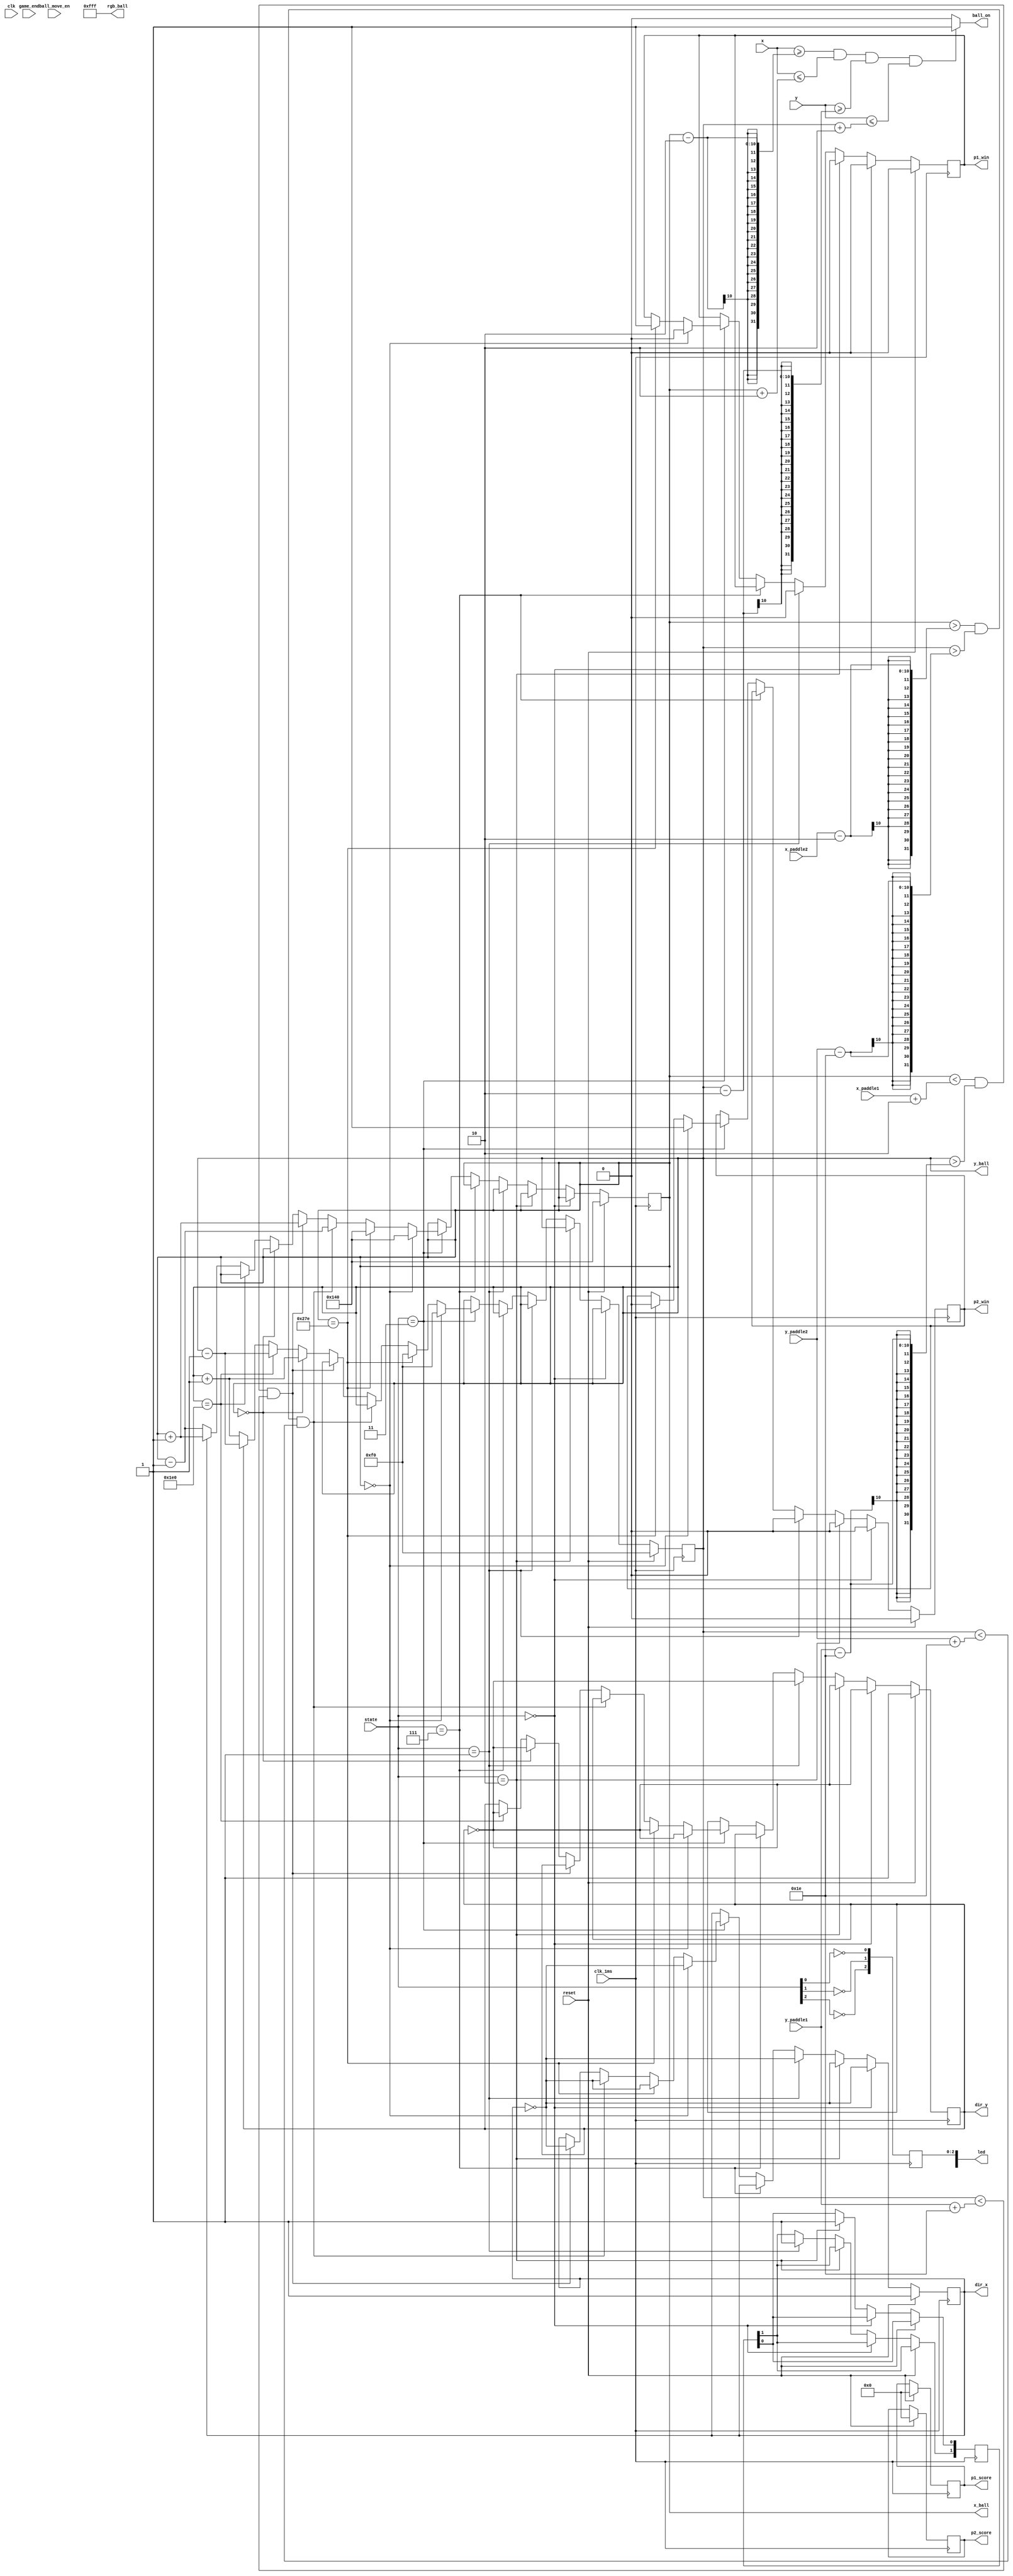
`timescale 1ns / 1ps
    
module ball(
    input reset, input clk_1ms, input clk,
    input [9:0]x_paddle1, input [9:0]y_paddle1,
    input [9:0]x_paddle2, input [9:0]y_paddle2,
    input [9:0] x, y,
    input ball_move_en,
    input [2:0] state,
    input game_end,
    output ball_on,
    output [11:0] rgb_ball,
    output reg [3:0] p1_score, p2_score, 
    output reg [10:0] led,
    output reg  p1_win, p2_win,
    output reg dir_x, dir_y,
    output reg [9:0]x_ball, output reg [9:0]y_ball
    );
    localparam ball_width = 4; //horizontal
	localparam ball_height = 4;//vertica
	
	localparam H_ACTIVE = 640;
	localparam V_ACTIVE = 480;
	
	localparam paddlewidth = 60;
	localparam paddleheight = 60;
	
	localparam L_position = 16;
	localparam R_position = 16;
    //move bal
    always @(posedge clk_1ms) 
    begin
        led[0] <= ~state[0];
        led[1] <= ~state[1];
        led[2] <= ~state[2];
       
        if( reset)
            begin
                p1_score <= 0;
                p2_score <= 0;
                x_ball <= 10'b0101000000;
                y_ball <= 10'b0011110000;
                dir_x <= 1'b1;
                dir_y <= 1'b1;
                p1_win <= 0;
                p2_win <= 0;
            end
        else
        begin
            if(state == 3'b000)
            begin
                x_ball <= 10'b0101000000;
                y_ball <= 10'b0011110000;
                dir_x <= ~dir_x;
                dir_y <= ~dir_y;
                p1_win <= 0;
                p2_win <= 0;
                x_ball <= x_ball;
                y_ball <= y_ball;
                
            end
            else if (state == 3'b010)
            begin
                x_ball <= 10'b0101000000;
                y_ball <= 10'b0011110000;
                dir_x <= ~dir_x;
                dir_y <= ~dir_y;
                p1_win <= 0;
                p2_win <= 0;
                x_ball <= x_ball;
                y_ball <= y_ball;
                led[8] <= 1'b1;
            end
            else if(state == 3'b001)
            begin
                x_ball <= 10'b0101000000;
                y_ball <= 10'b0011110000;
                dir_x <= ~dir_x;
                dir_y <= ~dir_y;
                p1_win <= 0;
                p2_win <= 0;
                x_ball <= x_ball;
                y_ball <= y_ball;
                led[9] <= 1'b1;
            end
            else if (state == 3'b111)
            begin
                x_ball <= x_ball;
                y_ball <= y_ball;
            end
            else if(state == 3'b011)
            begin
                if(x_ball == 0)
                    begin
                        x_ball <= 10'b0101000000;
                        y_ball <= 10'b0011110000;
                        dir_x <= ~dir_x;
                        dir_y <= ~dir_y;
                        p2_win <= 1;
                        p1_win <= 0;
                    end
                else if(x_ball == (H_ACTIVE -ball_width/2))
                    begin
                        x_ball <= 10'b0101000000;
                        y_ball <= 10'b0011110000;
                        dir_x <= ~dir_x;
                        dir_y <= ~dir_y;
                        p2_win <= 0;
                        p1_win <= 1;
                   end 
                else if (x_ball > (x_paddle2-ball_width/2) && y_ball > (y_paddle2 - paddleheight/2) && y_ball < (y_paddle2 + paddleheight/2))
                    begin
                        x_ball <= x_ball-1;
                        dir_x <= ~dir_x;
                    end
                
                else if(x_ball < (x_paddle1+ball_width/2) && y_ball > (y_paddle1 - paddleheight/2) && y_ball < (y_paddle1 + paddleheight/2))
                begin
                    x_ball <= x_ball+1;
                    dir_x <= ~dir_x;
                end
                
                //wall col
                else if (y_ball == 10'b0000000000 ) 
                begin
                    y_ball <= y_ball+1;
                    dir_y <= ~dir_y;
                end
                
                else if(y_ball == 10'b0111100000)
                begin
                    y_ball <=y_ball-1;
                    dir_y <= ~dir_y; 
                end
                else
                begin
                    if(dir_x)
                    begin
                        x_ball <= x_ball + 1;
                    end
                    else
                    begin
                        x_ball <= x_ball-1;
                    end
                    if(dir_y)
                    begin
                        y_ball <= y_ball-1;
                    end
                    else
                    begin
                        y_ball <= y_ball+1;
                    end
                end 
            end      
        end
    end

    assign ball_on = (x >= x_ball-(ball_width/2) && x <= x_ball+(ball_width/2) && y >= y_ball-(ball_height/2) && y <= y_ball+(ball_height/2))?1:0;
    assign rgb_ball = 12'b111111111111;
endmodule